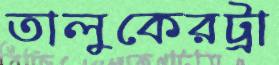
তালুকেরট্রা